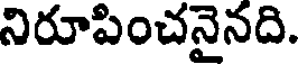
నిరూపించనైనది.